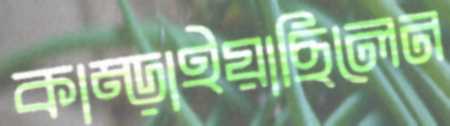
কাম্‌ড়াইয়াছিলেন